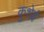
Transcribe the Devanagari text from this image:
कुशेई